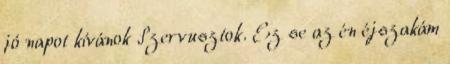
jó napot kívánok Szervusztok. Ez se az én éjszakám